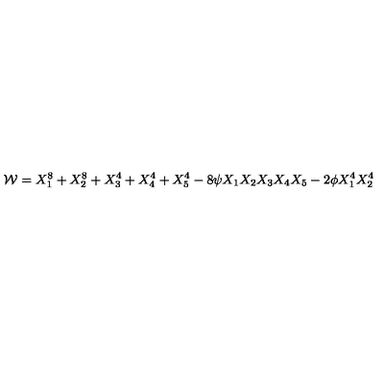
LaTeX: { \cal W } = X _ { 1 } ^ { 8 } + X _ { 2 } ^ { 8 } + X _ { 3 } ^ { 4 } + X _ { 4 } ^ { 4 } + X _ { 5 } ^ { 4 } - 8 \psi X _ { 1 } X _ { 2 } X _ { 3 } X _ { 4 } X _ { 5 } - 2 \phi X _ { 1 } ^ { 4 } X _ { 2 } ^ { 4 }